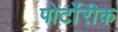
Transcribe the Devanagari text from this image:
पोर्टोरीक